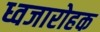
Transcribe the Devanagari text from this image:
ध्वजारोहक